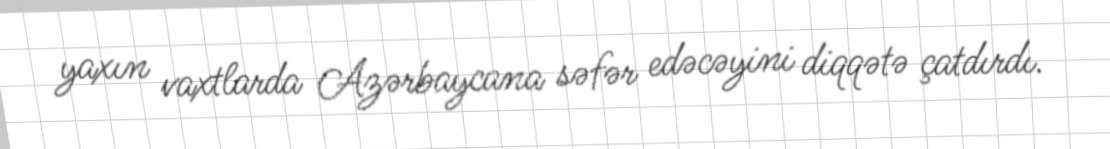
yaxın vaxtlarda Azərbaycana səfər edəcəyini diqqətə çatdırdı.